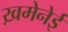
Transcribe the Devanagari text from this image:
ख़मेनेई